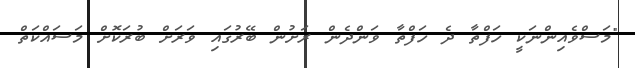
"މަސްވެއިންނަކީ ހަފްތާ ދެ ހަފްތާ ވަންދެން ރަށުން ބޭރުގައި ވަރަށް ބުރަކޮށް މަސައްކަތް